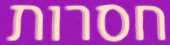
חסרות